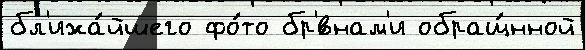
бл'ижа́йшего фо́то бр'́внам'и обращ́нной